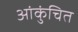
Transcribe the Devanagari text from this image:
आंकुंचित